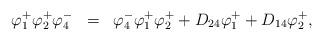
LaTeX: \begin{align*}\begin{array}{rcl}\varphi_1^+\varphi_2^+\varphi_4^-&=&\varphi_4^-\varphi_1^+\varphi_2^++D_{24}\varphi_1^++D_{14}\varphi_2^+,\end{array}\end{align*}